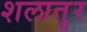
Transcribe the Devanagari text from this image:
शलातुर